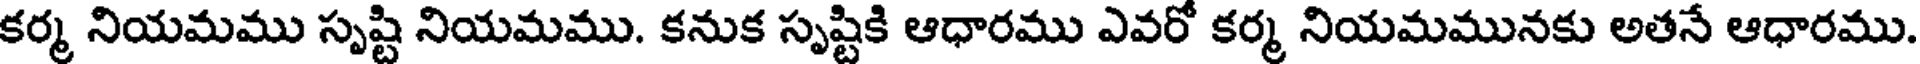
కర్మ నియమము సృష్టి నియమము. కనుక సృష్టికి ఆధారము ఎవరో కర్మ నియమమునకు అతనే ఆధారము.